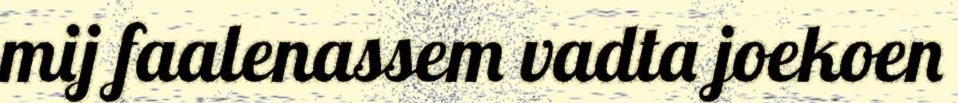
mij faalenassem vadta joekoen